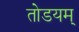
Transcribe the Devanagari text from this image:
तोडयम्